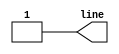
//Modifed from Johnathan Bromley's code on comp.lang.verilog

`timescale 1ns/1ns

module behavioral_UART_tx //UART spoofer
  #(parameter bit_time = 104000) // nanoseconds
   (output reg line);

   initial
     line = 1'b1; // line idles true

   task send(input [7:0] data);
      reg [9:0] uart_frame;
      begin
	 // construct the whole frame with start and stop bit
	 // STOP data START
	 uart_frame = {1'b1, data, 1'b0};
	 repeat (10) // number of bit-symbols to send
	   begin
	      line = uart_frame[0]; // drive line to correct level
	      uart_frame = uart_frame >> 1; // prepare next bit
	      #(bit_time); // hold output for one bit time
	   end
      end
   endtask

endmodule